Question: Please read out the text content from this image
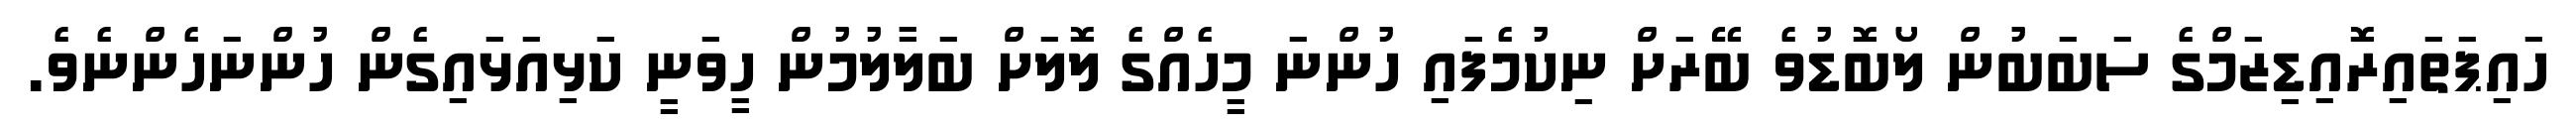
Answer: ހައިޕަތައިރޮއިޑިޒަމްގެ ސަބަބުން ލޯބޮޑުވެ ބޭރަށް ނިކުމެފައި ހުންނަ މީހެއްގެ ލޮލަށް ބަލާލުމުން ހީވަނީ ކަޅިއަޅައިގެން ހުންނަހެންނެވެ.